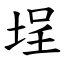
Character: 埕